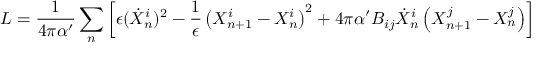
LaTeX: L = \frac { 1 } { 4 \pi \alpha ^ { \prime } } \sum _ { n } \left[ \epsilon ( \dot { X } _ { n } ^ { i } ) ^ { 2 } - \frac { 1 } { \epsilon } \left( X _ { n + 1 } ^ { i } - X _ { n } ^ { i } \right) ^ { 2 } + 4 \pi \alpha ^ { \prime } B _ { i j } \dot { X } _ { n } ^ { i } \left( X _ { n + 1 } ^ { j } - X _ { n } ^ { j } \right) \right]